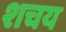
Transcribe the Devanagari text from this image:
शचय